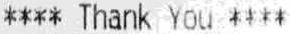
**** THANK YOU ****